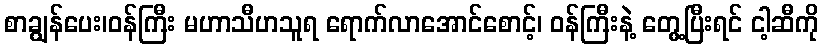
စာချွန်ပေး၊ဝန်ကြီး မဟာသီဟသူရ ရောက်လာအောင်စောင့်၊ ဝန်ကြီးနဲ့ တွေ့ပြီးရင် ငါ့ဆီကို